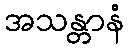
အသန္တာနံ